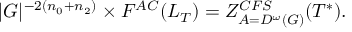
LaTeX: | G | ^ { - 2 ( n _ { 0 } + n _ { 2 } ) } \times F ^ { A C } ( L _ { T } ) = Z _ { A = D ^ { \omega } ( G ) } ^ { C F S } ( T ^ { \ast } ) .